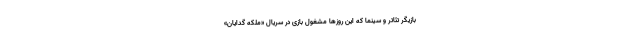
بازیگر تئاتر و سینما که این روزها مشغول بازی در سریال «ملکه گدایان»